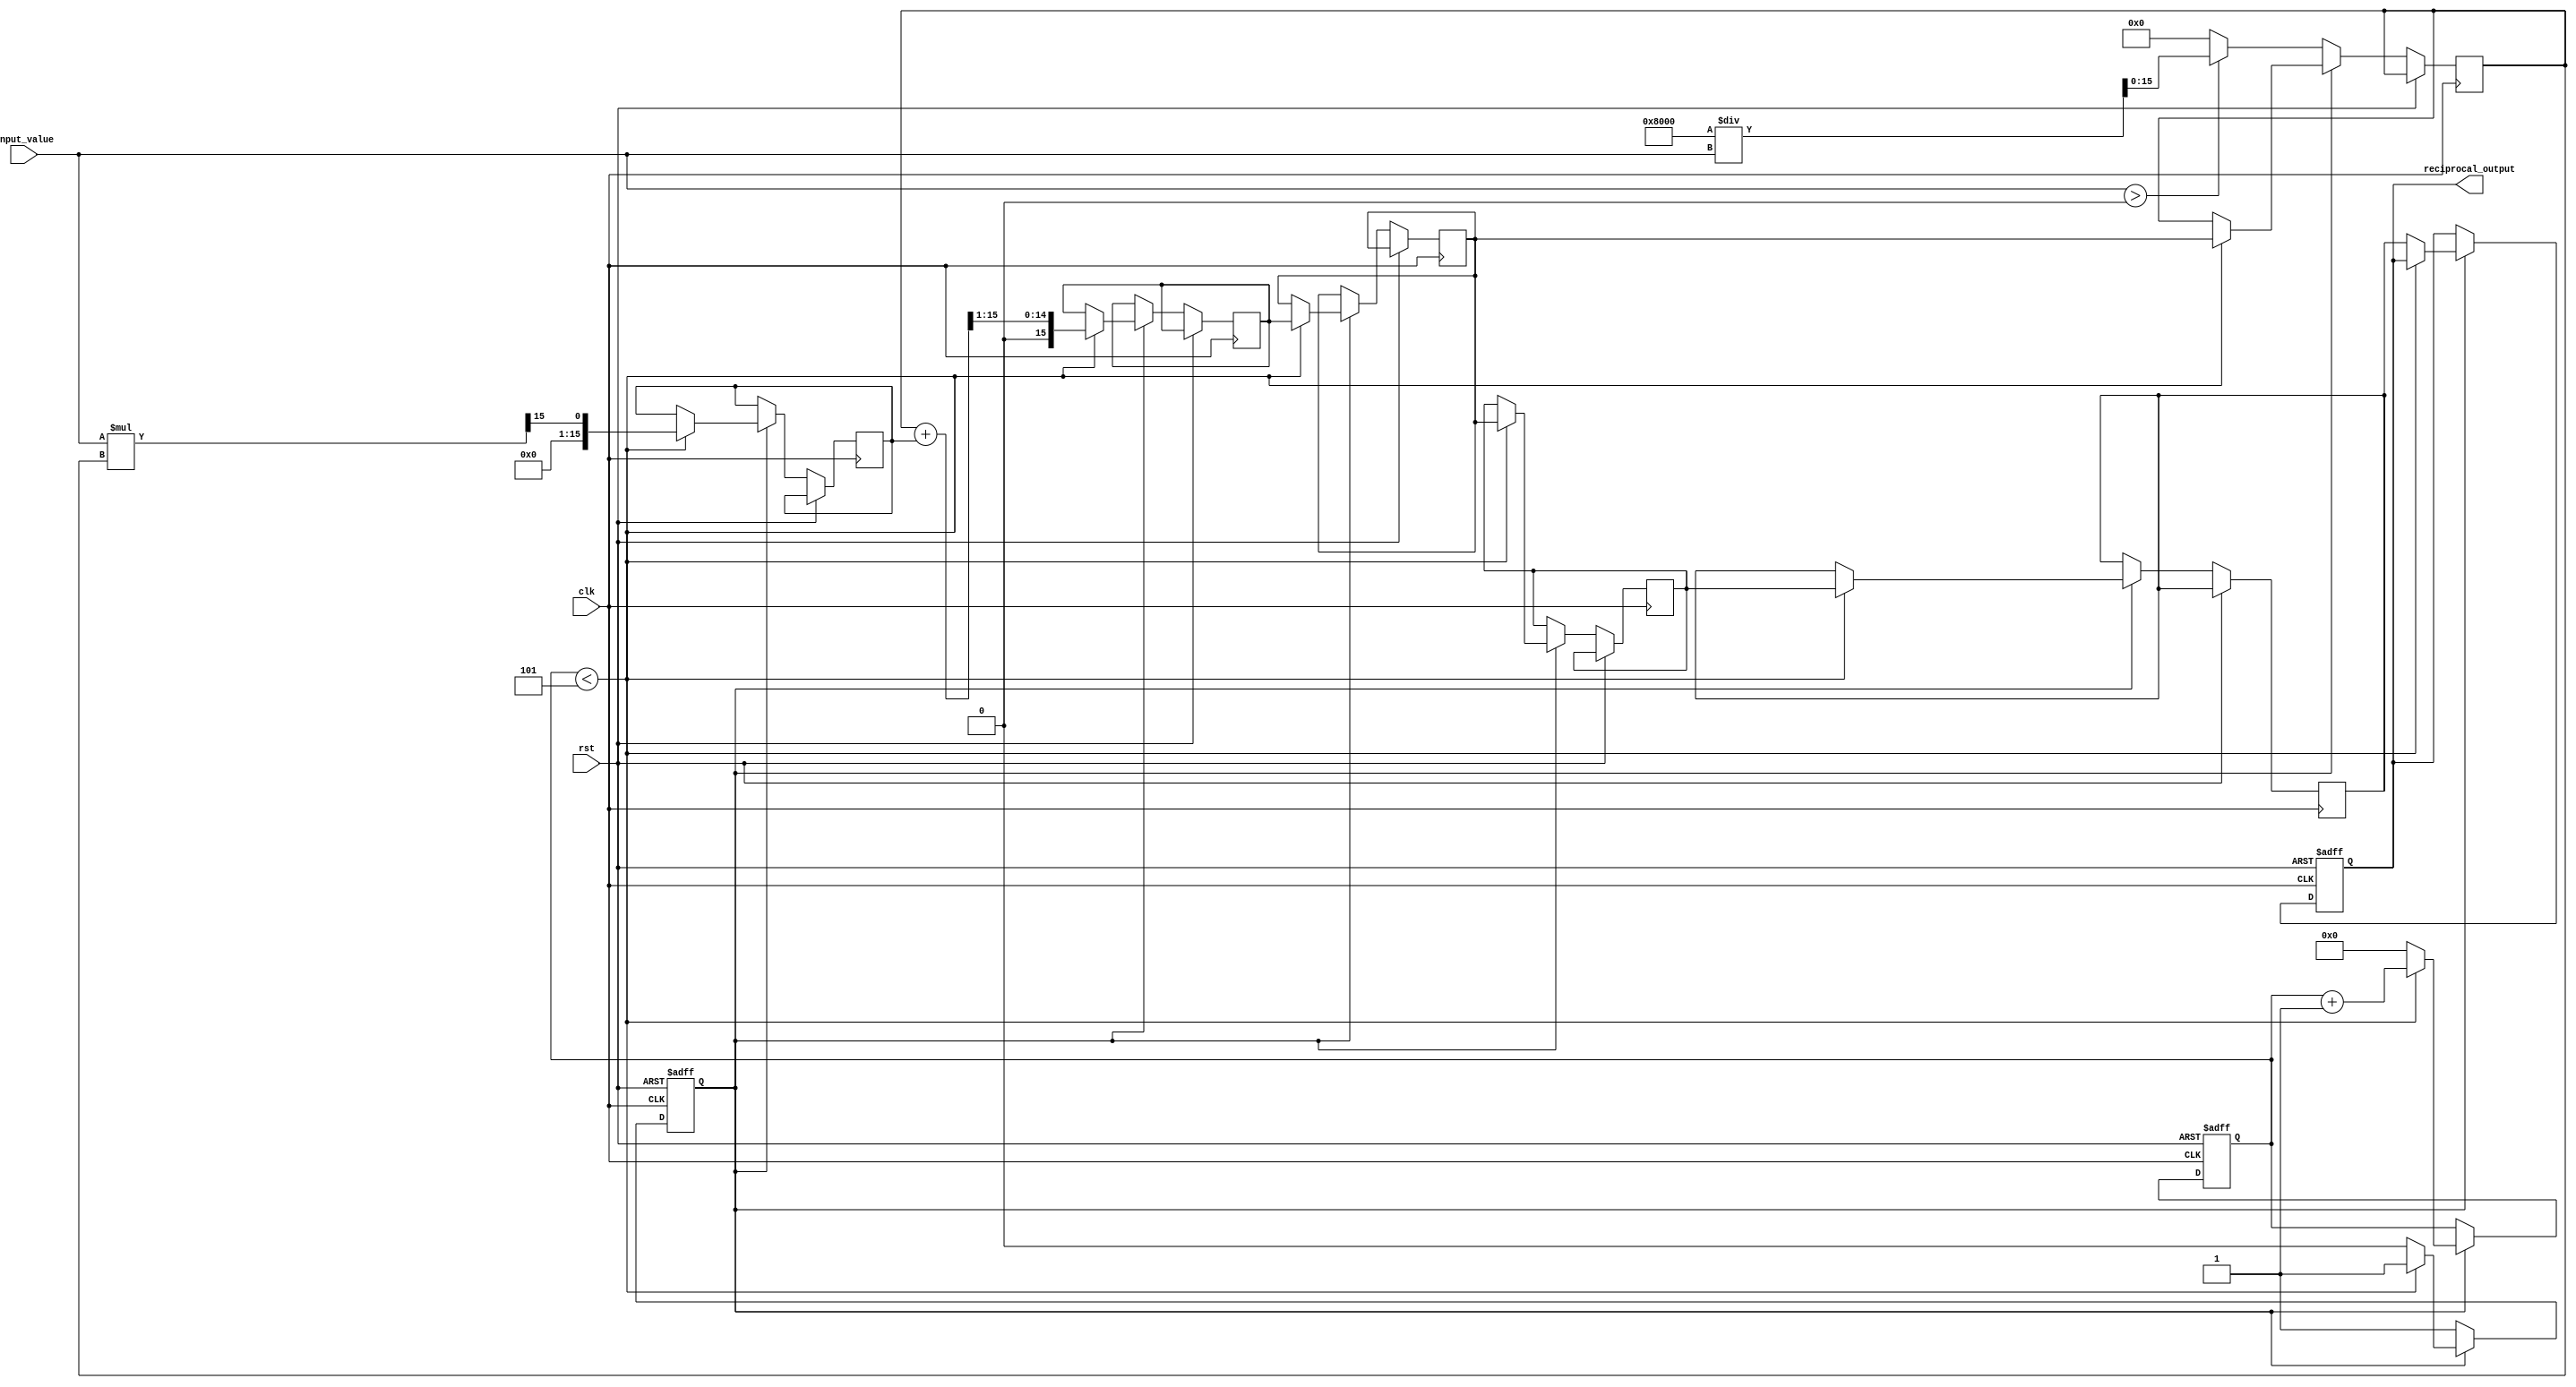
module SystolicArrayReciprocal #(
    parameter WIDTH = 16, // Bit-width for fixed-point representation
    parameter ITERATIONS = 5 // Number of iterations for convergence
)(
    input wire clk,
    input wire rst,
    input wire [WIDTH-1:0] input_value,
    output reg [WIDTH-1:0] reciprocal_output
);

    // PEs in the systolic array
    reg [WIDTH-1:0] PE [0:1][0:1]; // 2x2 array of processing elements
    reg [WIDTH-1:0] x; // Current approximation
    reg [WIDTH-1:0] x_prev; // Previous approximation
    reg [WIDTH-1:0] x_squared; // x^2
    reg [WIDTH-1:0] x_next; // Next approximation
    reg [3:0] iteration; // Iteration counter
    reg start; // Start signal for the computation

    // Control logic
    always @(posedge clk or posedge rst) begin
        if (rst) begin
            reciprocal_output <= 0;
            iteration <= 0;
            start <= 0;
        end else begin
            // Initialization
            if (!start) begin
                // Initialize x to a rough approximation (1/input_value)
                x <= (input_value > 0) ? (1 << (WIDTH-1)) / input_value : 0; // Initial guess
                start <= 1;
            end else if (iteration < ITERATIONS) begin
                // Systolic computation
                // PE[0][0]: x = (x + input_value * x) >> 1
                x_squared <= (input_value * x) >> (WIDTH-1); // input_value * x
                x_next <= (x + x_squared) >> 1; // Update x
                PE[0][0] <= x_next; // Store new value in PE[0][0]

                // PE[0][1]: Pass value horizontally
                PE[0][1] <= PE[0][0];

                // PE[1][0]: Pass value vertically
                PE[1][0] <= PE[0][0];

                // PE[1][1]: Pass value diagonally
                PE[1][1] <= PE[1][0];

                // Update x for next iteration
                x <= PE[0][0];
                iteration <= iteration + 1;
            end else begin
                // Output final result after last iteration
                reciprocal_output <= PE[1][1]; // Final reciprocal value
                start <= 0; // Reset for next operation
                iteration <= 0; // Reset iteration counter
            end
        end
    end

endmodule